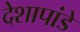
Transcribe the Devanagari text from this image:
देशापांडे